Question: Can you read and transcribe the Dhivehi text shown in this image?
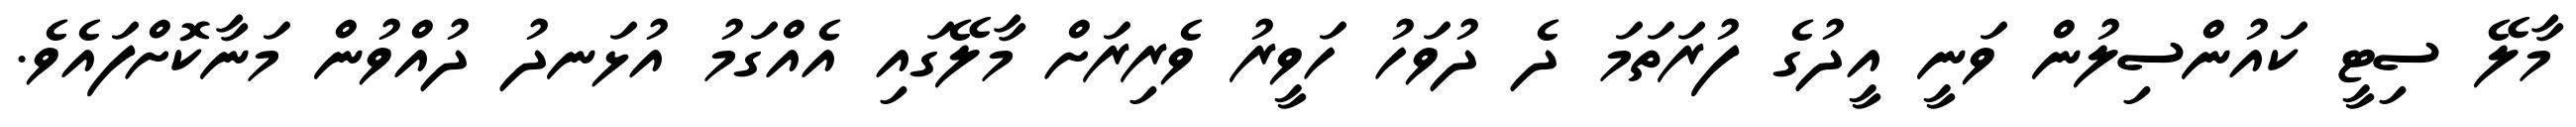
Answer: މާލޭ ސިޓީ ކައުންސިލުން ވަނީ އީދުގެ ފުރަތަމަ ދެ ދުވަހު ހަވީރު ވެރިރަށް މާލޭގައި އެއްގަމު އުޅަނދު ދުއްވުން މަނާކޮށްފައެވެ.